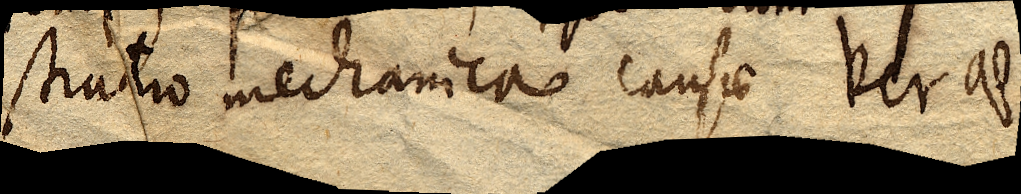
stratio mechanica causae verae